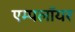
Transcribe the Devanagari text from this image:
एम्पलॉयर